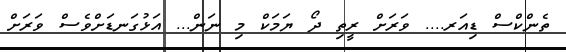
ތެންކްސް ޑިއަރ.... ވަރަށް ރީތި ދޯ ޔަމަކް މި ނަން... އަޅުގަނޑަށްވެސް ވަރަށް